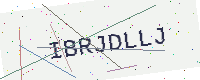
Text: IBRJDLLJ